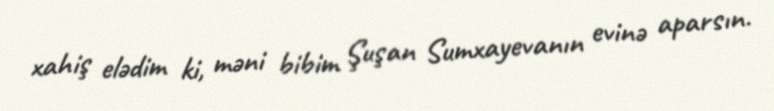
xahiş elədim ki, məni bibim Şuşan Sumxayevanın evinə aparsın.